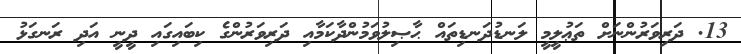
13. ދަރިވަރުންނަށް ތަޢުލީމީ ލަނޑުދަނޑިތައް ޙާޞިލުވަމުންދާކަމާއި ދަރިވަރުންގެ ކިބައިގައި ދީނީ އަދި ރަނގަޅު